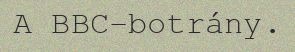
A BBC-botrány.